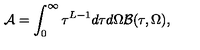
{ \cal A } = \int _ { 0 } ^ { \infty } \tau ^ { L - 1 } d \tau d \Omega { \cal B } ( \tau , \Omega ) ,